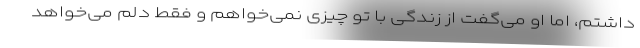
داشتم، اما او می‌گفت از زندگی با تو چیزی نمی‌خواهم و فقط دلم می‌خواهد